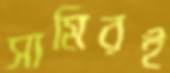
সামিরই